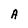
Character: A